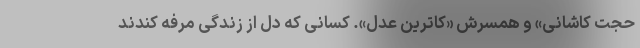
حجت کاشانی» و همسرش «کاترین عدل». کسانی که دل از زندگی مرفه کندند